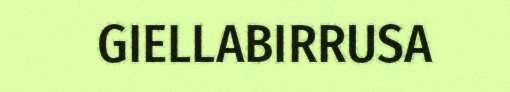
GIELLABIRRUSA